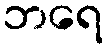
ဘရေ